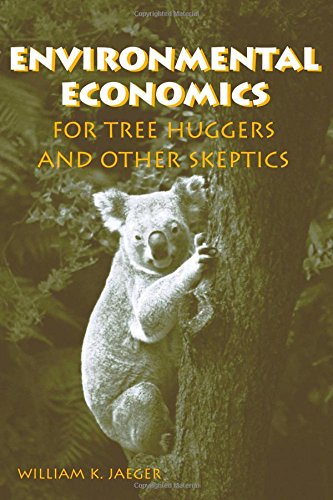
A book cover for Environmental Economics for Tree Huggers and Other Skeptics; William K. Jaeger; Business & Money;